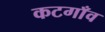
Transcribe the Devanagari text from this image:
कटगाँव